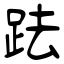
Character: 䟩